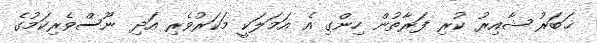
ޚަބަރު ޝާއިރު ކުރި ފަރާތުން ހިންގި އެ އަމަލަކީ މަކަރުވެރި އަދި ނޫސްވެރިކަމުގެ